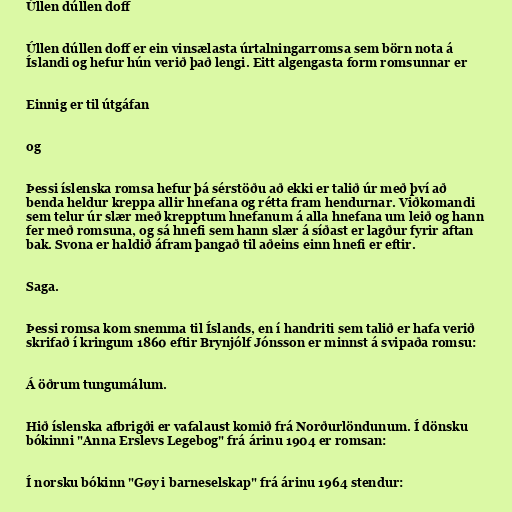
Úllen dúllen doff

Úllen dúllen doff er ein vinsælasta úrtalningarromsa sem börn nota á
Íslandi og hefur hún verið það lengi. Eitt algengasta form romsunnar er

Einnig er til útgáfan

og

Þessi íslenska romsa hefur þá sérstöðu að ekki er talið úr með því að
benda heldur kreppa allir hnefana og rétta fram hendurnar. Viðkomandi
sem telur úr slær með krepptum hnefanum á alla hnefana um leið og hann
fer með romsuna, og sá hnefi sem hann slær á síðast er lagður fyrir aftan
bak. Svona er haldið áfram þangað til aðeins einn hnefi er eftir.

Saga.

Þessi romsa kom snemma til Íslands, en í handriti sem talið er hafa verið
skrifað í kringum 1860 eftir Brynjólf Jónsson er minnst á svipaða romsu:

Á öðrum tungumálum.

Hið íslenska afbrigði er vafalaust komið frá Norðurlöndunum. Í dönsku
bókinni "Anna Erslevs Legebog" frá árinu 1904 er romsan:

Í norsku bókinn "Gøy i barneselskap" frá árinu 1964 stendur: